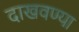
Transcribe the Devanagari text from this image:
दाखवण्या